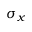
\sigma _ { x }